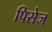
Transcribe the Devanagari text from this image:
पिसेज